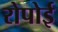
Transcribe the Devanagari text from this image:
रोपोई